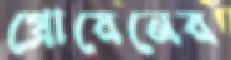
গ্রোয়েনের